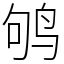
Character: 鸲